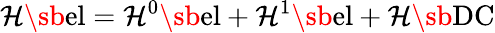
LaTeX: \mathcal{H}\sb{\textnormal{el}}=\mathcal{H}^{0}\sb{\textnormal{el}}+\mathcal{H}^{1}\sb{\textnormal{el}}+\mathcal{H}\sb{\textnormal{DC}}